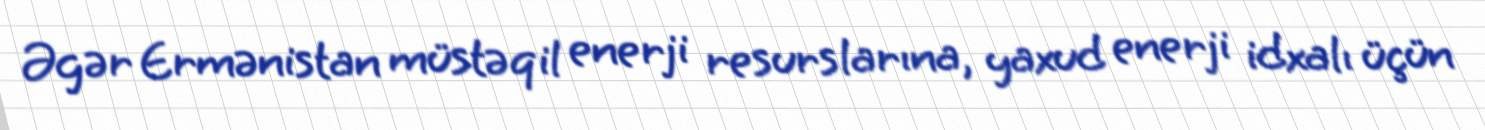
Əgər Ermənistan müstəqil enerji resurslarına, yaxud enerji idxalı üçün